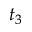
t _ { 3 }